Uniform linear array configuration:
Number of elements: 32
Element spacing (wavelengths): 0.25
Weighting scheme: uniform
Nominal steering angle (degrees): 45
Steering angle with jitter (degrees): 46.158
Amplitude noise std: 0.05
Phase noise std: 0.05

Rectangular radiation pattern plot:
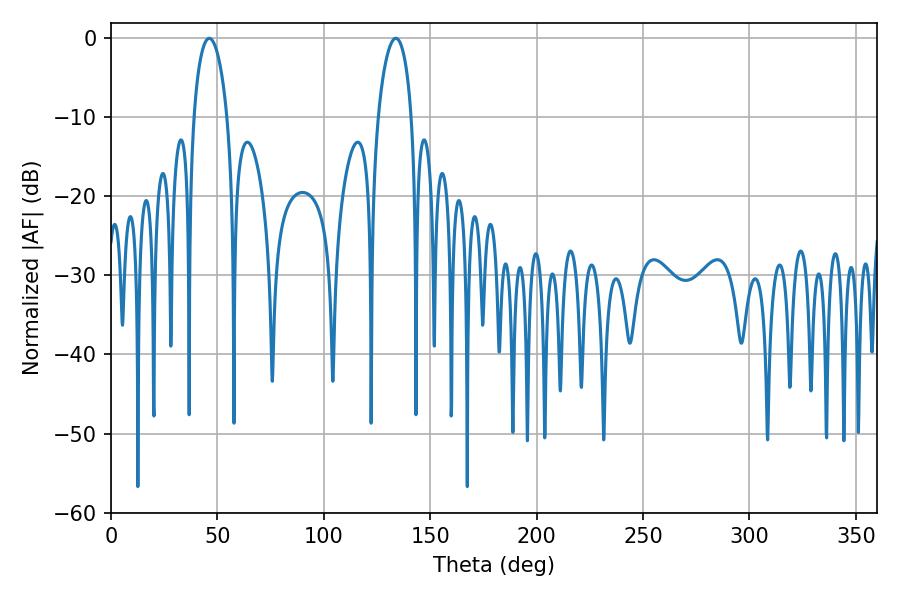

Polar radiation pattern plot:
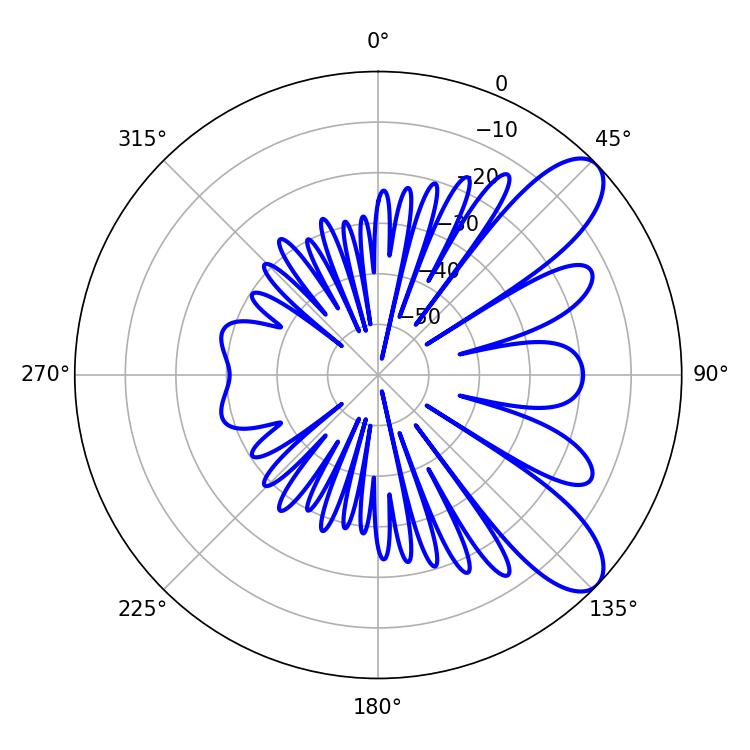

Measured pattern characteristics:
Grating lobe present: FALSE
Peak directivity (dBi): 8.912
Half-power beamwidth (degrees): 8.82
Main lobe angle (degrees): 46.08